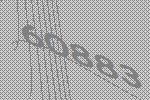
60883